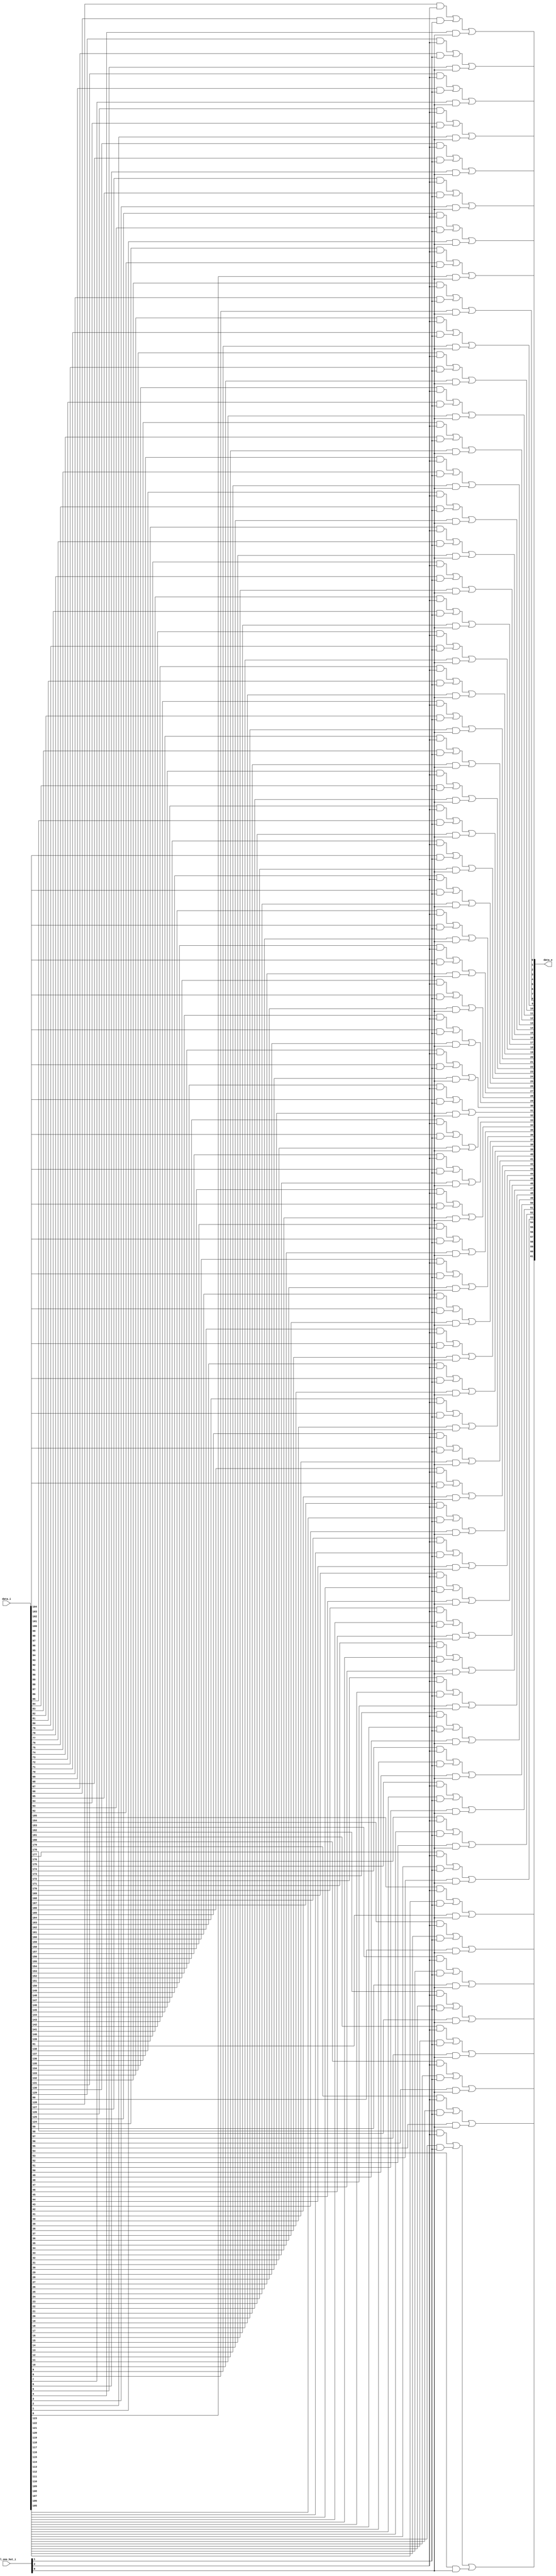
// This program was cloned from: https://github.com/NYU-MLDA/OpenABC
// License: BSD 3-Clause "New" or "Revised" License

module bsg_mux_one_hot_62_3
(
  data_i,
  sel_one_hot_i,
  data_o
);

  input [185:0] data_i;
  input [2:0] sel_one_hot_i;
  output [61:0] data_o;
  wire [61:0] data_o;
  wire N0,N1,N2,N3,N4,N5,N6,N7,N8,N9,N10,N11,N12,N13,N14,N15,N16,N17,N18,N19,N20,N21,
  N22,N23,N24,N25,N26,N27,N28,N29,N30,N31,N32,N33,N34,N35,N36,N37,N38,N39,N40,N41,
  N42,N43,N44,N45,N46,N47,N48,N49,N50,N51,N52,N53,N54,N55,N56,N57,N58,N59,N60,N61;
  wire [185:0] data_masked;
  assign data_masked[61] = data_i[61] & sel_one_hot_i[0];
  assign data_masked[60] = data_i[60] & sel_one_hot_i[0];
  assign data_masked[59] = data_i[59] & sel_one_hot_i[0];
  assign data_masked[58] = data_i[58] & sel_one_hot_i[0];
  assign data_masked[57] = data_i[57] & sel_one_hot_i[0];
  assign data_masked[56] = data_i[56] & sel_one_hot_i[0];
  assign data_masked[55] = data_i[55] & sel_one_hot_i[0];
  assign data_masked[54] = data_i[54] & sel_one_hot_i[0];
  assign data_masked[53] = data_i[53] & sel_one_hot_i[0];
  assign data_masked[52] = data_i[52] & sel_one_hot_i[0];
  assign data_masked[51] = data_i[51] & sel_one_hot_i[0];
  assign data_masked[50] = data_i[50] & sel_one_hot_i[0];
  assign data_masked[49] = data_i[49] & sel_one_hot_i[0];
  assign data_masked[48] = data_i[48] & sel_one_hot_i[0];
  assign data_masked[47] = data_i[47] & sel_one_hot_i[0];
  assign data_masked[46] = data_i[46] & sel_one_hot_i[0];
  assign data_masked[45] = data_i[45] & sel_one_hot_i[0];
  assign data_masked[44] = data_i[44] & sel_one_hot_i[0];
  assign data_masked[43] = data_i[43] & sel_one_hot_i[0];
  assign data_masked[42] = data_i[42] & sel_one_hot_i[0];
  assign data_masked[41] = data_i[41] & sel_one_hot_i[0];
  assign data_masked[40] = data_i[40] & sel_one_hot_i[0];
  assign data_masked[39] = data_i[39] & sel_one_hot_i[0];
  assign data_masked[38] = data_i[38] & sel_one_hot_i[0];
  assign data_masked[37] = data_i[37] & sel_one_hot_i[0];
  assign data_masked[36] = data_i[36] & sel_one_hot_i[0];
  assign data_masked[35] = data_i[35] & sel_one_hot_i[0];
  assign data_masked[34] = data_i[34] & sel_one_hot_i[0];
  assign data_masked[33] = data_i[33] & sel_one_hot_i[0];
  assign data_masked[32] = data_i[32] & sel_one_hot_i[0];
  assign data_masked[31] = data_i[31] & sel_one_hot_i[0];
  assign data_masked[30] = data_i[30] & sel_one_hot_i[0];
  assign data_masked[29] = data_i[29] & sel_one_hot_i[0];
  assign data_masked[28] = data_i[28] & sel_one_hot_i[0];
  assign data_masked[27] = data_i[27] & sel_one_hot_i[0];
  assign data_masked[26] = data_i[26] & sel_one_hot_i[0];
  assign data_masked[25] = data_i[25] & sel_one_hot_i[0];
  assign data_masked[24] = data_i[24] & sel_one_hot_i[0];
  assign data_masked[23] = data_i[23] & sel_one_hot_i[0];
  assign data_masked[22] = data_i[22] & sel_one_hot_i[0];
  assign data_masked[21] = data_i[21] & sel_one_hot_i[0];
  assign data_masked[20] = data_i[20] & sel_one_hot_i[0];
  assign data_masked[19] = data_i[19] & sel_one_hot_i[0];
  assign data_masked[18] = data_i[18] & sel_one_hot_i[0];
  assign data_masked[17] = data_i[17] & sel_one_hot_i[0];
  assign data_masked[16] = data_i[16] & sel_one_hot_i[0];
  assign data_masked[15] = data_i[15] & sel_one_hot_i[0];
  assign data_masked[14] = data_i[14] & sel_one_hot_i[0];
  assign data_masked[13] = data_i[13] & sel_one_hot_i[0];
  assign data_masked[12] = data_i[12] & sel_one_hot_i[0];
  assign data_masked[11] = data_i[11] & sel_one_hot_i[0];
  assign data_masked[10] = data_i[10] & sel_one_hot_i[0];
  assign data_masked[9] = data_i[9] & sel_one_hot_i[0];
  assign data_masked[8] = data_i[8] & sel_one_hot_i[0];
  assign data_masked[7] = data_i[7] & sel_one_hot_i[0];
  assign data_masked[6] = data_i[6] & sel_one_hot_i[0];
  assign data_masked[5] = data_i[5] & sel_one_hot_i[0];
  assign data_masked[4] = data_i[4] & sel_one_hot_i[0];
  assign data_masked[3] = data_i[3] & sel_one_hot_i[0];
  assign data_masked[2] = data_i[2] & sel_one_hot_i[0];
  assign data_masked[1] = data_i[1] & sel_one_hot_i[0];
  assign data_masked[0] = data_i[0] & sel_one_hot_i[0];
  assign data_masked[123] = data_i[123] & sel_one_hot_i[1];
  assign data_masked[122] = data_i[122] & sel_one_hot_i[1];
  assign data_masked[121] = data_i[121] & sel_one_hot_i[1];
  assign data_masked[120] = data_i[120] & sel_one_hot_i[1];
  assign data_masked[119] = data_i[119] & sel_one_hot_i[1];
  assign data_masked[118] = data_i[118] & sel_one_hot_i[1];
  assign data_masked[117] = data_i[117] & sel_one_hot_i[1];
  assign data_masked[116] = data_i[116] & sel_one_hot_i[1];
  assign data_masked[115] = data_i[115] & sel_one_hot_i[1];
  assign data_masked[114] = data_i[114] & sel_one_hot_i[1];
  assign data_masked[113] = data_i[113] & sel_one_hot_i[1];
  assign data_masked[112] = data_i[112] & sel_one_hot_i[1];
  assign data_masked[111] = data_i[111] & sel_one_hot_i[1];
  assign data_masked[110] = data_i[110] & sel_one_hot_i[1];
  assign data_masked[109] = data_i[109] & sel_one_hot_i[1];
  assign data_masked[108] = data_i[108] & sel_one_hot_i[1];
  assign data_masked[107] = data_i[107] & sel_one_hot_i[1];
  assign data_masked[106] = data_i[106] & sel_one_hot_i[1];
  assign data_masked[105] = data_i[105] & sel_one_hot_i[1];
  assign data_masked[104] = data_i[104] & sel_one_hot_i[1];
  assign data_masked[103] = data_i[103] & sel_one_hot_i[1];
  assign data_masked[102] = data_i[102] & sel_one_hot_i[1];
  assign data_masked[101] = data_i[101] & sel_one_hot_i[1];
  assign data_masked[100] = data_i[100] & sel_one_hot_i[1];
  assign data_masked[99] = data_i[99] & sel_one_hot_i[1];
  assign data_masked[98] = data_i[98] & sel_one_hot_i[1];
  assign data_masked[97] = data_i[97] & sel_one_hot_i[1];
  assign data_masked[96] = data_i[96] & sel_one_hot_i[1];
  assign data_masked[95] = data_i[95] & sel_one_hot_i[1];
  assign data_masked[94] = data_i[94] & sel_one_hot_i[1];
  assign data_masked[93] = data_i[93] & sel_one_hot_i[1];
  assign data_masked[92] = data_i[92] & sel_one_hot_i[1];
  assign data_masked[91] = data_i[91] & sel_one_hot_i[1];
  assign data_masked[90] = data_i[90] & sel_one_hot_i[1];
  assign data_masked[89] = data_i[89] & sel_one_hot_i[1];
  assign data_masked[88] = data_i[88] & sel_one_hot_i[1];
  assign data_masked[87] = data_i[87] & sel_one_hot_i[1];
  assign data_masked[86] = data_i[86] & sel_one_hot_i[1];
  assign data_masked[85] = data_i[85] & sel_one_hot_i[1];
  assign data_masked[84] = data_i[84] & sel_one_hot_i[1];
  assign data_masked[83] = data_i[83] & sel_one_hot_i[1];
  assign data_masked[82] = data_i[82] & sel_one_hot_i[1];
  assign data_masked[81] = data_i[81] & sel_one_hot_i[1];
  assign data_masked[80] = data_i[80] & sel_one_hot_i[1];
  assign data_masked[79] = data_i[79] & sel_one_hot_i[1];
  assign data_masked[78] = data_i[78] & sel_one_hot_i[1];
  assign data_masked[77] = data_i[77] & sel_one_hot_i[1];
  assign data_masked[76] = data_i[76] & sel_one_hot_i[1];
  assign data_masked[75] = data_i[75] & sel_one_hot_i[1];
  assign data_masked[74] = data_i[74] & sel_one_hot_i[1];
  assign data_masked[73] = data_i[73] & sel_one_hot_i[1];
  assign data_masked[72] = data_i[72] & sel_one_hot_i[1];
  assign data_masked[71] = data_i[71] & sel_one_hot_i[1];
  assign data_masked[70] = data_i[70] & sel_one_hot_i[1];
  assign data_masked[69] = data_i[69] & sel_one_hot_i[1];
  assign data_masked[68] = data_i[68] & sel_one_hot_i[1];
  assign data_masked[67] = data_i[67] & sel_one_hot_i[1];
  assign data_masked[66] = data_i[66] & sel_one_hot_i[1];
  assign data_masked[65] = data_i[65] & sel_one_hot_i[1];
  assign data_masked[64] = data_i[64] & sel_one_hot_i[1];
  assign data_masked[63] = data_i[63] & sel_one_hot_i[1];
  assign data_masked[62] = data_i[62] & sel_one_hot_i[1];
  assign data_masked[185] = data_i[185] & sel_one_hot_i[2];
  assign data_masked[184] = data_i[184] & sel_one_hot_i[2];
  assign data_masked[183] = data_i[183] & sel_one_hot_i[2];
  assign data_masked[182] = data_i[182] & sel_one_hot_i[2];
  assign data_masked[181] = data_i[181] & sel_one_hot_i[2];
  assign data_masked[180] = data_i[180] & sel_one_hot_i[2];
  assign data_masked[179] = data_i[179] & sel_one_hot_i[2];
  assign data_masked[178] = data_i[178] & sel_one_hot_i[2];
  assign data_masked[177] = data_i[177] & sel_one_hot_i[2];
  assign data_masked[176] = data_i[176] & sel_one_hot_i[2];
  assign data_masked[175] = data_i[175] & sel_one_hot_i[2];
  assign data_masked[174] = data_i[174] & sel_one_hot_i[2];
  assign data_masked[173] = data_i[173] & sel_one_hot_i[2];
  assign data_masked[172] = data_i[172] & sel_one_hot_i[2];
  assign data_masked[171] = data_i[171] & sel_one_hot_i[2];
  assign data_masked[170] = data_i[170] & sel_one_hot_i[2];
  assign data_masked[169] = data_i[169] & sel_one_hot_i[2];
  assign data_masked[168] = data_i[168] & sel_one_hot_i[2];
  assign data_masked[167] = data_i[167] & sel_one_hot_i[2];
  assign data_masked[166] = data_i[166] & sel_one_hot_i[2];
  assign data_masked[165] = data_i[165] & sel_one_hot_i[2];
  assign data_masked[164] = data_i[164] & sel_one_hot_i[2];
  assign data_masked[163] = data_i[163] & sel_one_hot_i[2];
  assign data_masked[162] = data_i[162] & sel_one_hot_i[2];
  assign data_masked[161] = data_i[161] & sel_one_hot_i[2];
  assign data_masked[160] = data_i[160] & sel_one_hot_i[2];
  assign data_masked[159] = data_i[159] & sel_one_hot_i[2];
  assign data_masked[158] = data_i[158] & sel_one_hot_i[2];
  assign data_masked[157] = data_i[157] & sel_one_hot_i[2];
  assign data_masked[156] = data_i[156] & sel_one_hot_i[2];
  assign data_masked[155] = data_i[155] & sel_one_hot_i[2];
  assign data_masked[154] = data_i[154] & sel_one_hot_i[2];
  assign data_masked[153] = data_i[153] & sel_one_hot_i[2];
  assign data_masked[152] = data_i[152] & sel_one_hot_i[2];
  assign data_masked[151] = data_i[151] & sel_one_hot_i[2];
  assign data_masked[150] = data_i[150] & sel_one_hot_i[2];
  assign data_masked[149] = data_i[149] & sel_one_hot_i[2];
  assign data_masked[148] = data_i[148] & sel_one_hot_i[2];
  assign data_masked[147] = data_i[147] & sel_one_hot_i[2];
  assign data_masked[146] = data_i[146] & sel_one_hot_i[2];
  assign data_masked[145] = data_i[145] & sel_one_hot_i[2];
  assign data_masked[144] = data_i[144] & sel_one_hot_i[2];
  assign data_masked[143] = data_i[143] & sel_one_hot_i[2];
  assign data_masked[142] = data_i[142] & sel_one_hot_i[2];
  assign data_masked[141] = data_i[141] & sel_one_hot_i[2];
  assign data_masked[140] = data_i[140] & sel_one_hot_i[2];
  assign data_masked[139] = data_i[139] & sel_one_hot_i[2];
  assign data_masked[138] = data_i[138] & sel_one_hot_i[2];
  assign data_masked[137] = data_i[137] & sel_one_hot_i[2];
  assign data_masked[136] = data_i[136] & sel_one_hot_i[2];
  assign data_masked[135] = data_i[135] & sel_one_hot_i[2];
  assign data_masked[134] = data_i[134] & sel_one_hot_i[2];
  assign data_masked[133] = data_i[133] & sel_one_hot_i[2];
  assign data_masked[132] = data_i[132] & sel_one_hot_i[2];
  assign data_masked[131] = data_i[131] & sel_one_hot_i[2];
  assign data_masked[130] = data_i[130] & sel_one_hot_i[2];
  assign data_masked[129] = data_i[129] & sel_one_hot_i[2];
  assign data_masked[128] = data_i[128] & sel_one_hot_i[2];
  assign data_masked[127] = data_i[127] & sel_one_hot_i[2];
  assign data_masked[126] = data_i[126] & sel_one_hot_i[2];
  assign data_masked[125] = data_i[125] & sel_one_hot_i[2];
  assign data_masked[124] = data_i[124] & sel_one_hot_i[2];
  assign data_o[0] = N0 | data_masked[0];
  assign N0 = data_masked[124] | data_masked[62];
  assign data_o[1] = N1 | data_masked[1];
  assign N1 = data_masked[125] | data_masked[63];
  assign data_o[2] = N2 | data_masked[2];
  assign N2 = data_masked[126] | data_masked[64];
  assign data_o[3] = N3 | data_masked[3];
  assign N3 = data_masked[127] | data_masked[65];
  assign data_o[4] = N4 | data_masked[4];
  assign N4 = data_masked[128] | data_masked[66];
  assign data_o[5] = N5 | data_masked[5];
  assign N5 = data_masked[129] | data_masked[67];
  assign data_o[6] = N6 | data_masked[6];
  assign N6 = data_masked[130] | data_masked[68];
  assign data_o[7] = N7 | data_masked[7];
  assign N7 = data_masked[131] | data_masked[69];
  assign data_o[8] = N8 | data_masked[8];
  assign N8 = data_masked[132] | data_masked[70];
  assign data_o[9] = N9 | data_masked[9];
  assign N9 = data_masked[133] | data_masked[71];
  assign data_o[10] = N10 | data_masked[10];
  assign N10 = data_masked[134] | data_masked[72];
  assign data_o[11] = N11 | data_masked[11];
  assign N11 = data_masked[135] | data_masked[73];
  assign data_o[12] = N12 | data_masked[12];
  assign N12 = data_masked[136] | data_masked[74];
  assign data_o[13] = N13 | data_masked[13];
  assign N13 = data_masked[137] | data_masked[75];
  assign data_o[14] = N14 | data_masked[14];
  assign N14 = data_masked[138] | data_masked[76];
  assign data_o[15] = N15 | data_masked[15];
  assign N15 = data_masked[139] | data_masked[77];
  assign data_o[16] = N16 | data_masked[16];
  assign N16 = data_masked[140] | data_masked[78];
  assign data_o[17] = N17 | data_masked[17];
  assign N17 = data_masked[141] | data_masked[79];
  assign data_o[18] = N18 | data_masked[18];
  assign N18 = data_masked[142] | data_masked[80];
  assign data_o[19] = N19 | data_masked[19];
  assign N19 = data_masked[143] | data_masked[81];
  assign data_o[20] = N20 | data_masked[20];
  assign N20 = data_masked[144] | data_masked[82];
  assign data_o[21] = N21 | data_masked[21];
  assign N21 = data_masked[145] | data_masked[83];
  assign data_o[22] = N22 | data_masked[22];
  assign N22 = data_masked[146] | data_masked[84];
  assign data_o[23] = N23 | data_masked[23];
  assign N23 = data_masked[147] | data_masked[85];
  assign data_o[24] = N24 | data_masked[24];
  assign N24 = data_masked[148] | data_masked[86];
  assign data_o[25] = N25 | data_masked[25];
  assign N25 = data_masked[149] | data_masked[87];
  assign data_o[26] = N26 | data_masked[26];
  assign N26 = data_masked[150] | data_masked[88];
  assign data_o[27] = N27 | data_masked[27];
  assign N27 = data_masked[151] | data_masked[89];
  assign data_o[28] = N28 | data_masked[28];
  assign N28 = data_masked[152] | data_masked[90];
  assign data_o[29] = N29 | data_masked[29];
  assign N29 = data_masked[153] | data_masked[91];
  assign data_o[30] = N30 | data_masked[30];
  assign N30 = data_masked[154] | data_masked[92];
  assign data_o[31] = N31 | data_masked[31];
  assign N31 = data_masked[155] | data_masked[93];
  assign data_o[32] = N32 | data_masked[32];
  assign N32 = data_masked[156] | data_masked[94];
  assign data_o[33] = N33 | data_masked[33];
  assign N33 = data_masked[157] | data_masked[95];
  assign data_o[34] = N34 | data_masked[34];
  assign N34 = data_masked[158] | data_masked[96];
  assign data_o[35] = N35 | data_masked[35];
  assign N35 = data_masked[159] | data_masked[97];
  assign data_o[36] = N36 | data_masked[36];
  assign N36 = data_masked[160] | data_masked[98];
  assign data_o[37] = N37 | data_masked[37];
  assign N37 = data_masked[161] | data_masked[99];
  assign data_o[38] = N38 | data_masked[38];
  assign N38 = data_masked[162] | data_masked[100];
  assign data_o[39] = N39 | data_masked[39];
  assign N39 = data_masked[163] | data_masked[101];
  assign data_o[40] = N40 | data_masked[40];
  assign N40 = data_masked[164] | data_masked[102];
  assign data_o[41] = N41 | data_masked[41];
  assign N41 = data_masked[165] | data_masked[103];
  assign data_o[42] = N42 | data_masked[42];
  assign N42 = data_masked[166] | data_masked[104];
  assign data_o[43] = N43 | data_masked[43];
  assign N43 = data_masked[167] | data_masked[105];
  assign data_o[44] = N44 | data_masked[44];
  assign N44 = data_masked[168] | data_masked[106];
  assign data_o[45] = N45 | data_masked[45];
  assign N45 = data_masked[169] | data_masked[107];
  assign data_o[46] = N46 | data_masked[46];
  assign N46 = data_masked[170] | data_masked[108];
  assign data_o[47] = N47 | data_masked[47];
  assign N47 = data_masked[171] | data_masked[109];
  assign data_o[48] = N48 | data_masked[48];
  assign N48 = data_masked[172] | data_masked[110];
  assign data_o[49] = N49 | data_masked[49];
  assign N49 = data_masked[173] | data_masked[111];
  assign data_o[50] = N50 | data_masked[50];
  assign N50 = data_masked[174] | data_masked[112];
  assign data_o[51] = N51 | data_masked[51];
  assign N51 = data_masked[175] | data_masked[113];
  assign data_o[52] = N52 | data_masked[52];
  assign N52 = data_masked[176] | data_masked[114];
  assign data_o[53] = N53 | data_masked[53];
  assign N53 = data_masked[177] | data_masked[115];
  assign data_o[54] = N54 | data_masked[54];
  assign N54 = data_masked[178] | data_masked[116];
  assign data_o[55] = N55 | data_masked[55];
  assign N55 = data_masked[179] | data_masked[117];
  assign data_o[56] = N56 | data_masked[56];
  assign N56 = data_masked[180] | data_masked[118];
  assign data_o[57] = N57 | data_masked[57];
  assign N57 = data_masked[181] | data_masked[119];
  assign data_o[58] = N58 | data_masked[58];
  assign N58 = data_masked[182] | data_masked[120];
  assign data_o[59] = N59 | data_masked[59];
  assign N59 = data_masked[183] | data_masked[121];
  assign data_o[60] = N60 | data_masked[60];
  assign N60 = data_masked[184] | data_masked[122];
  assign data_o[61] = N61 | data_masked[61];
  assign N61 = data_masked[185] | data_masked[123];

endmodule